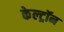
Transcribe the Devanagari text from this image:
केल्ट्रॉन